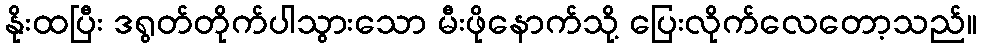
နိုးထပြီး ဒရွတ်တိုက်ပါသွားသော မီးဖိုနောက်သို့ ပြေးလိုက်လေတော့သည်။